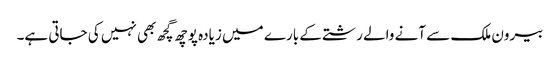
بیرون ملک سے آنے والے رشتے کے بارے میں زیادہ پوچھ گچھ بھی نہیں کی جاتی ہے۔